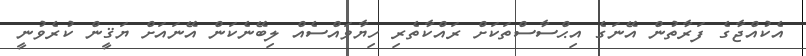
އެކުއްޖާގެ ފަރާތުން އޭނަގެ އިޙްސާސްތަކަށް ރައްކާތެރި ހިޔާވައްސެއް ލިބޭނެކަން އޭނައަށް ޔަޤީން ކުރެވުނީ